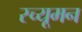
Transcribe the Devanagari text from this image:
स्च्यूमन